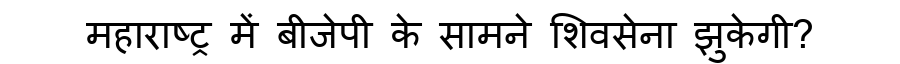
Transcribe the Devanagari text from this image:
महाराष्ट्र में बीजेपी के सामने शिवसेना झुकेगी?